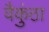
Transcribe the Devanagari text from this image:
वैकुंठा